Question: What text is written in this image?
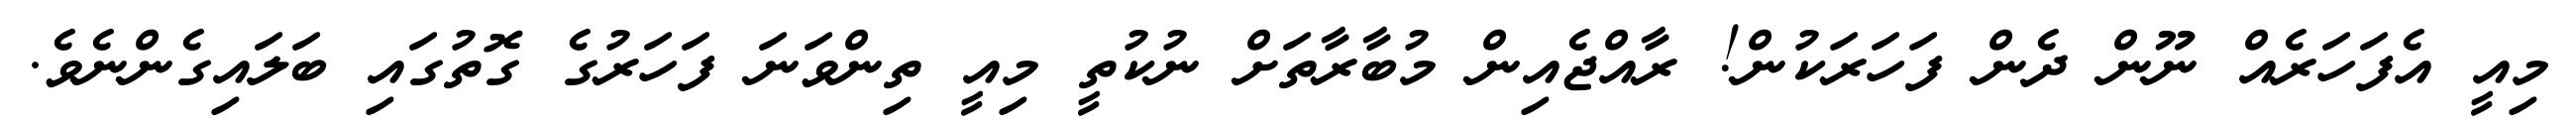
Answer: މިއީ އެފަހަރެއް ނޫން ދެން ފަހަރަކުން! ރާއްޖެއިން މުބާރާތަށް ނުކުތީ މިއީ ތިންވަނަ ފަހަރުގެ ގޮތުގައި ބަލައިގެންނެވެ.